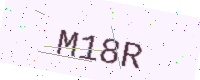
Text: M18R